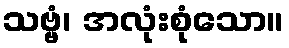
သဗ္ဗံ၊ အလုံးစုံသော။